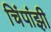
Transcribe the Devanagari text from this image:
चिंपांझी